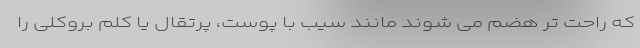
که راحت تر هضم می شوند مانند سیب با پوست، پرتقال یا کلم بروکلی را